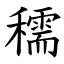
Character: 穤